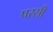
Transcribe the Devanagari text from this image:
परस्री